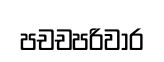
පචචපරිවාර